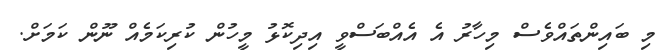
މި ބައިންތައްވެސް މިހާރު އެ އެއްބަސްވީ އިދިކޮޅު މީހުން ކުރިކަމެއް ނޫން ކަމަށް.